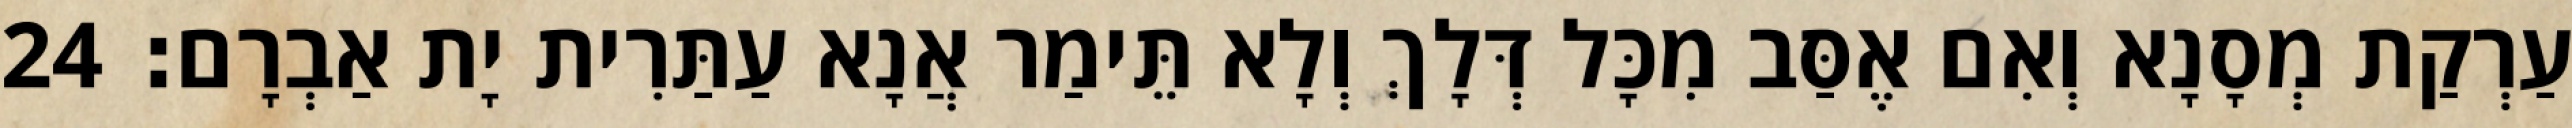
עַרְקַת מְסָנָא וְאִם אֶסַּב מִכָּל דְּלָךְ וְלָא תֵּימַר אֲנָא עַתַּרִית יָת אַבְרָם׃ 24